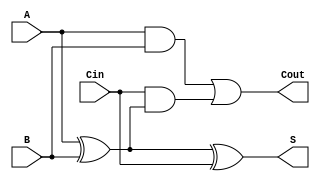
module low_power_full_adder (
    input  wire A,     // First input bit
    input  wire B,     // Second input bit
    input  wire Cin,   // Carry-in bit
    output wire S,     // Sum output
    output wire Cout   // Carry-out output
);

// Intermediate signals
wire A_xor_B;

// Compute the sum output
assign A_xor_B = A ^ B;   // A XOR B
assign S = A_xor_B ^ Cin;  // S = (A XOR B) XOR Cin

// Compute the carry-out output
assign Cout = (A & B) | (Cin & A_xor_B); // Cout = (A AND B) OR (Cin AND (A XOR B))

endmodule